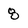
Character: 8